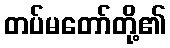
တပ်မတော်တို့၏